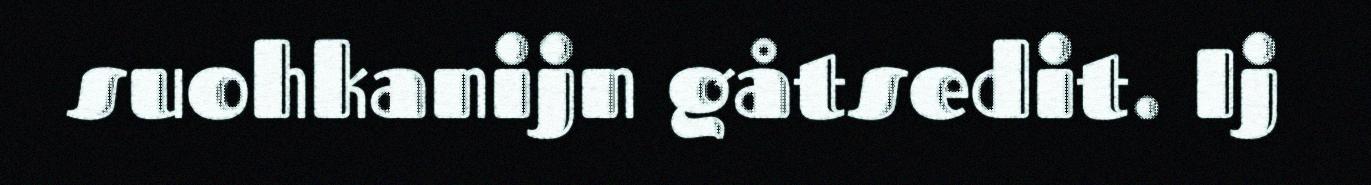
suohkanijn gåtsedit. Ij